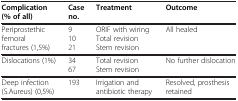
<table><thead><tr><td><b>Complication (% of all)</b></td><td><b>Case no.</b></td><td><b>Treatment</b></td><td><b>Outcome</b></td></tr></thead><tbody><tr><td>Periprostethic femoral fractures (1,5%)</td><td>91021</td><td>ORIF with wiringTotal revisionStem revision</td><td>All healed</td></tr><tr><td>Dislocations (1%)</td><td>3467</td><td>Total revisionStem revision</td><td>No further dislocation</td></tr><tr><td>Deep infection (S.Aureus) (0,5%)</td><td>193</td><td>Irrigation and antibiotic therapy</td><td>Resolved, prosthesis retained</td></tr></tbody></table>